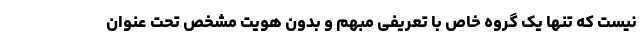
نیست که تنها یک گروه خاص با تعریفی مبهم و بدون هویت مشخص تحت عنوان